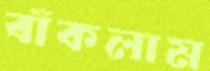
বাঁকলাম